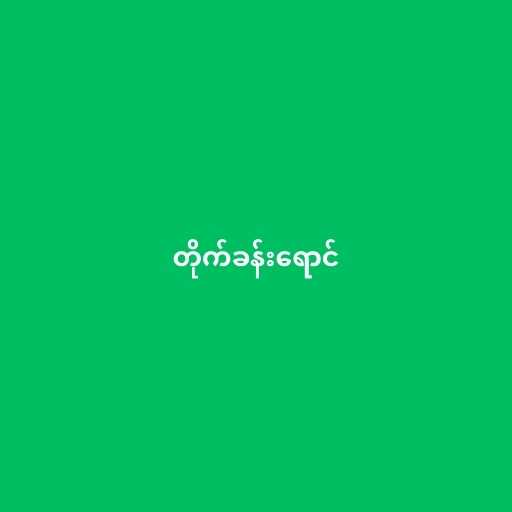
တိုက်ခန်းရောင်